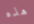
هذه